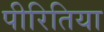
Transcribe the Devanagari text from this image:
पीरितिया